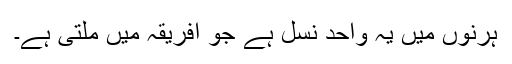
ہرنوں میں یہ واحد نسل ہے جو افریقہ میں ملتی ہے۔